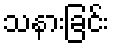
သနားခြင်း